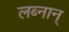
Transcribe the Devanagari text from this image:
लब्नान्